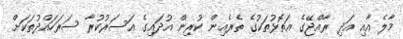
މާލެ އާއި އަދި ރާއްޖޭގެ އަތޮޅުތަކުގެ ތެރެއިން ކުރިން އުދައިގެ އަސަރުކުރާ ސަރަހައްދުތަކަށް